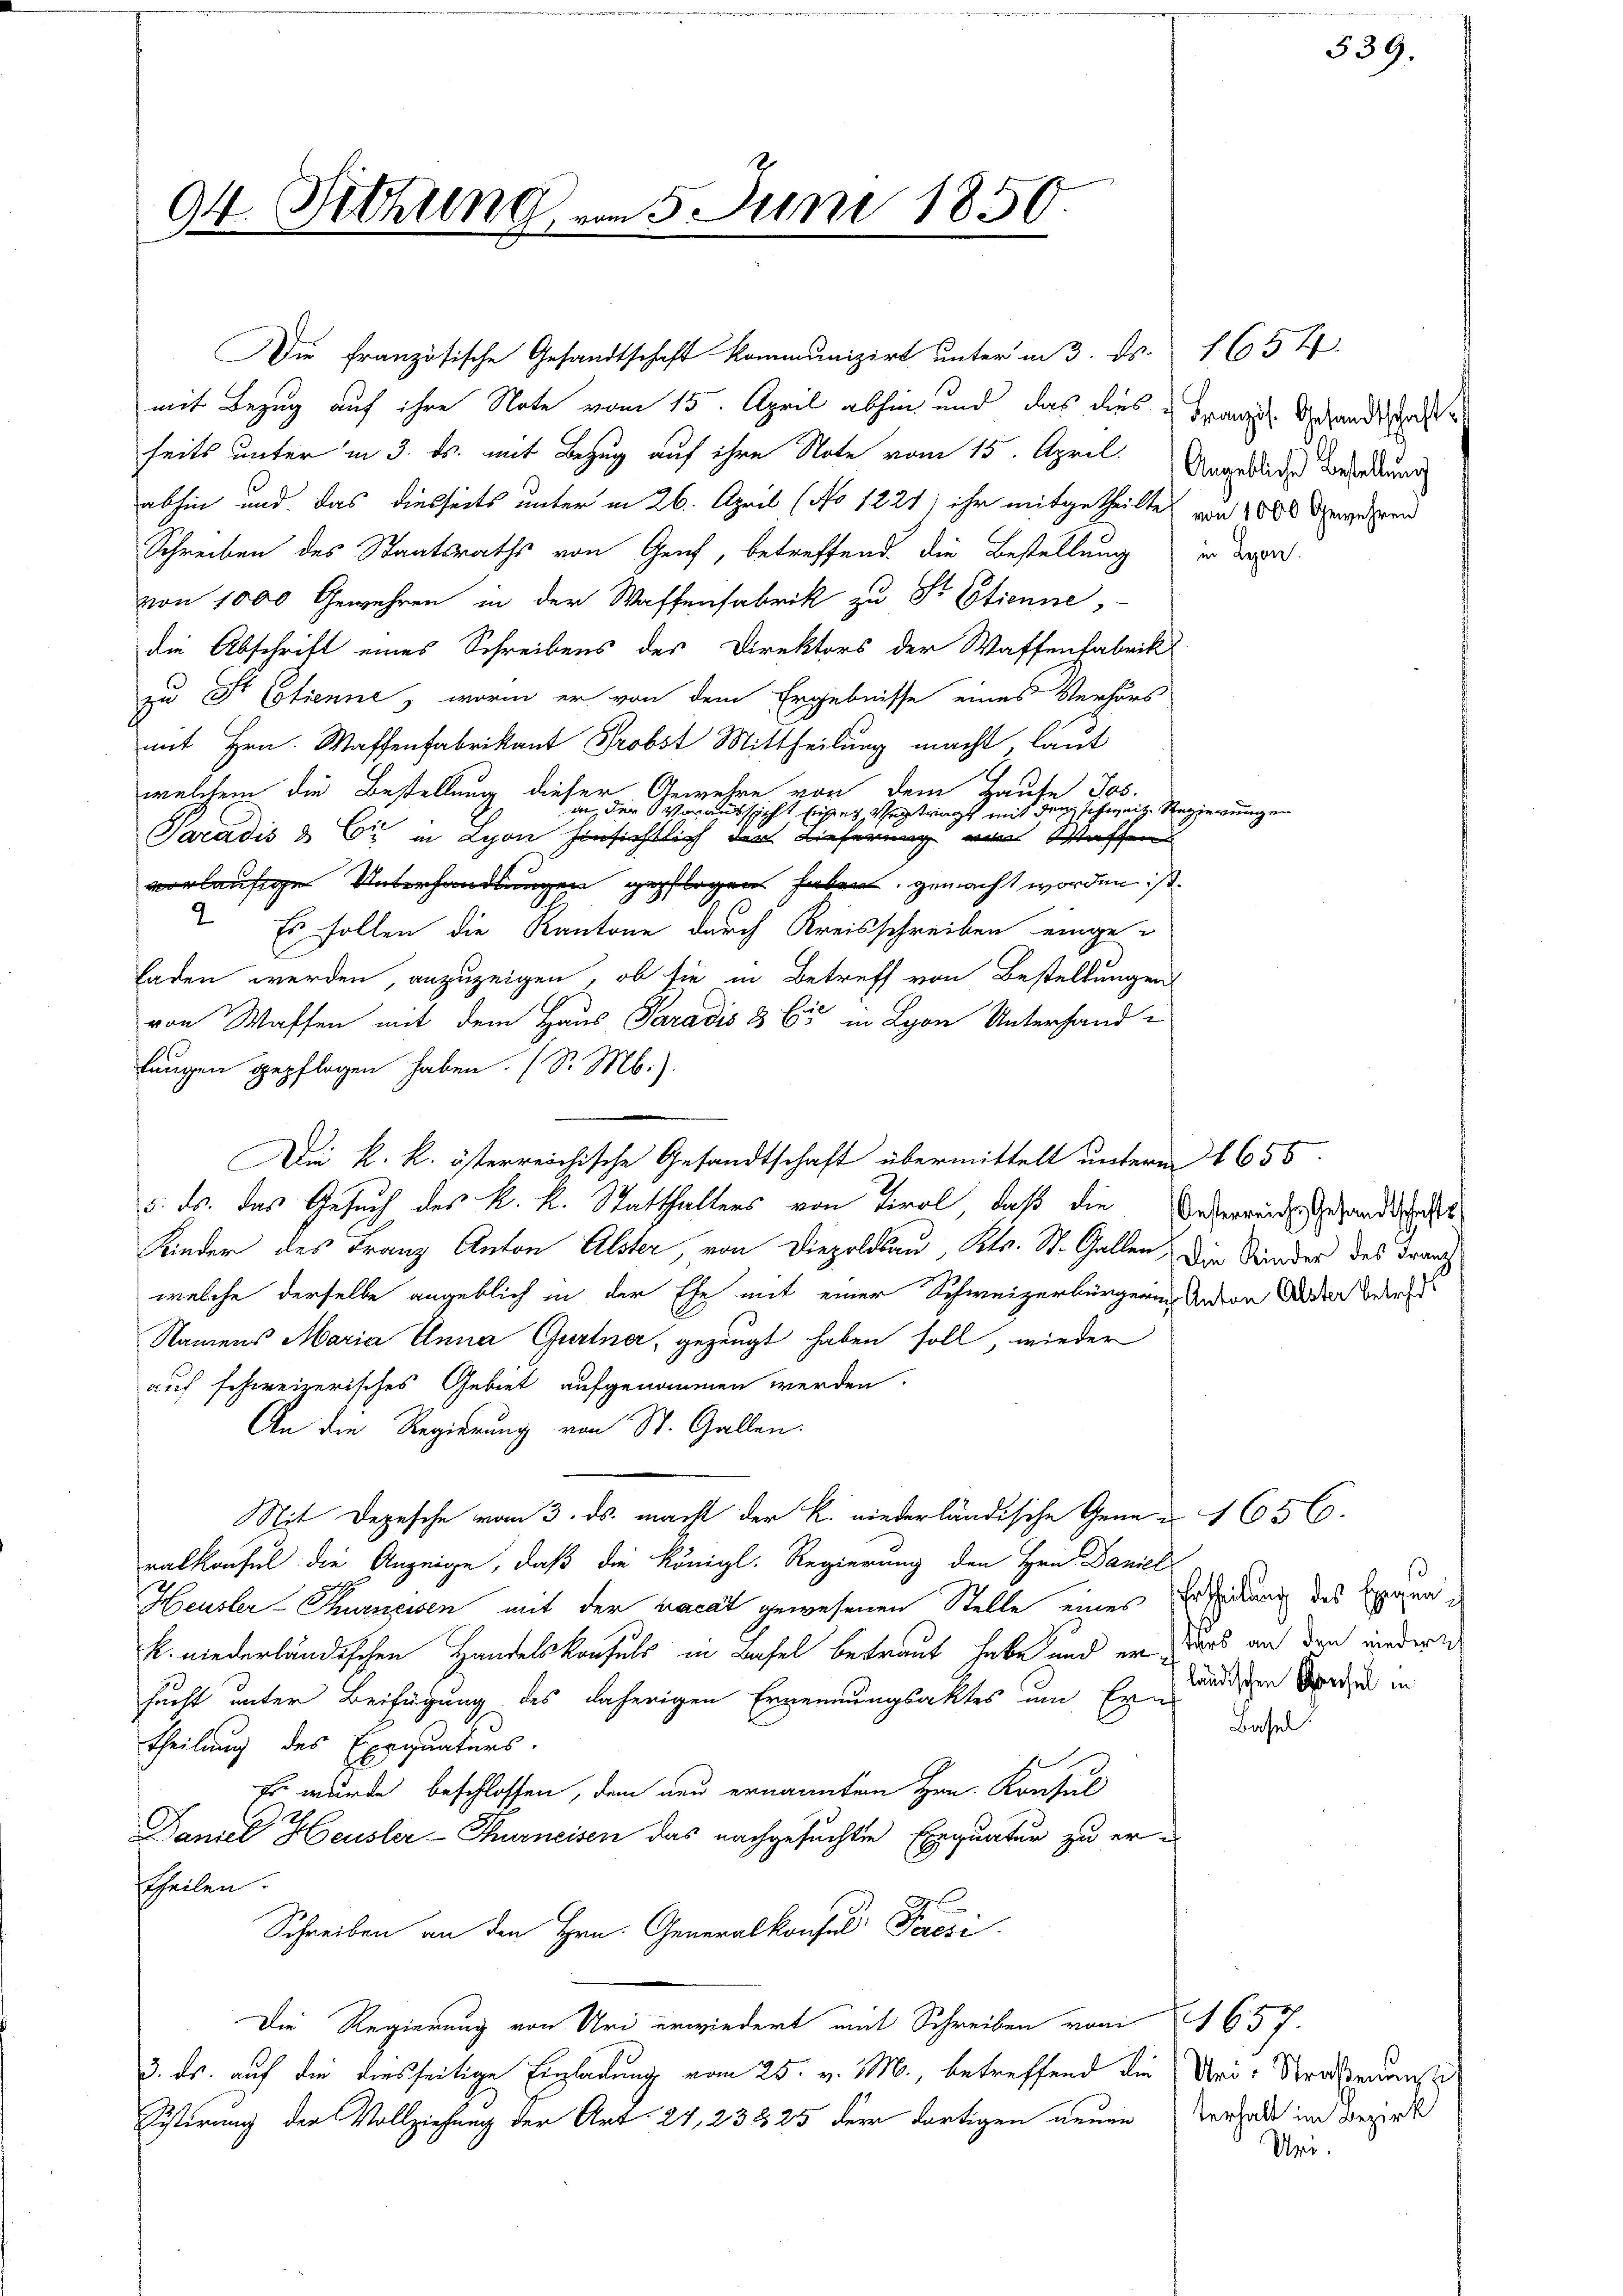
94. Sitzung

Die französische Gesandtschaft kommunizirt unter am 3. ds. 165 f
mit Bezug auf ihre Note vom 15. April abhin und das dies französ. Gesandtschaft
seits unter in 3. ds. mit Bezug auf ihre Note vom 15. April. Ungeleiden werden
abhin und das diesseits unter in 26. April (No 1221) ihr mitgetheilte von 1000 Gewehren
Schreiben des Staatsraths von Genf, betreffend die Bestellung in der
von 1000 Gewehren in der Waffenfabrik zu Sr. Etienne,
die Abschrift eines Schreibens der Direktors der Waffenfabrik
zu Fr. Etienne, worin er von dem Ergebnisse eines Verhörs
mit Hrn. Waffenfabrikant Probst Mittheilung macht, laut
welchem die Bestellung dieser Gewehre von dem Hause Jos.
in der Voraussicht sises Vertrags mit den schweiz. Regierung
Paradis & Cie in Lyon hinsichtlich der Lieferung von Waffen
vorläufige Unterhandlungen gepflegen haben gemacht worden ist.
 Es sollen die Kantone durch Kreisschreiben eingeladen werden, anzuzeigen, ob sie in Betreff von Bestellungen
von Waffen mit dem Haus Paradis 3 65 in Lyon Unterhand-
lungen gepflogen haben. (S. M.).
Die k. k. österreichische Gesandtschaft übermittelt unterm 1655.
5. ds. das Gesuch des K. k. Statthalters von Tirol, daß die Ueberwundes Gesandtschafts
Kinder des Franz Anton Alster, von Diepoldau, Kts. St. Gallen, Die Kinder des Franch
welche derselbe angeblich in der Ehe mit einer Schweizerbürgerin Anton der Berech
Namens Maria Inner Gurtner, gezeugt haben soll, wieder
auf schweizerisches Gebiet aufgenommen werden.
An die Regierung von St. Gallen.
it Depesche vom 3. ds. macht der K. niederländische Gener 1656.
ralkaufel die Anzeige, daß die Königl. Regierung den Hrn. Daniel
Heusler-Thurneisen mit der Lacat gewesenen Stelle eines
k. niederländischen Handelskonfels in Basel betraut habe und er wars an den wiedern
sucht unter Beifügung des daherigen Ernennungsaktes um Erledigen Vorden in
theilung des Exequaturs.
Es wurde beschlossen, dem neu ernannten Hrn. Konsul
Daniel Heusler-Thurneisen das nachgesuchten Exequatur zu ertheilen.
Schreiben an den Hrn. Generalkonfus Posi
Die Regierung von Uri erwiedert mit Schreiben vom 1. 657.
3. ds. auf die diesseitige Einladung vom 25. v. M., betreffend die Uri-Straßenanste
Sistirung der Vollziehung der Art. 24, 238, 25 der dortigen neuen Verhalt im Bezirk

15. Juni 1850

339.

s
Ertheilung des Exegen

Basel

Uri.